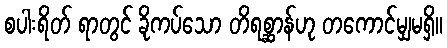
စပါးရိတ် ရာတွင် ခိုကပ်သော တိရစ္ဆာန်ဟု တကောင်မျှမရှိ။